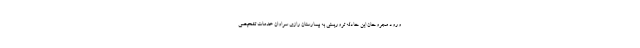
ورود مجروحان این حادثه تروریستی به بیمارستان رازی سراوان خدمات تشخیصی